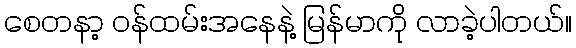
စေတနာ့ ဝန်ထမ်းအနေနဲ့ မြန်မာကို လာခဲ့ပါတယ်။